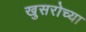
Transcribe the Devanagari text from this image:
खुसरोच्या